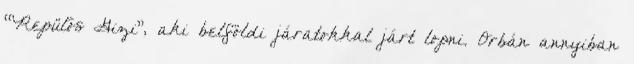
“Repülős Gizi”, aki belföldi járatokkal járt lopni. Orbán annyiban